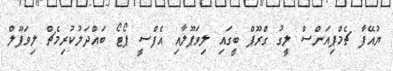
ޔުއޭފާ ޗެމްޕިއަންސް ލީގު ގްރޫޕް ބީގައި ލިވަޕޫލާއި އެފްސީ ޕޯޓޯ ބައްދަލުކުރިމެޗް ލިވަޕޫލް